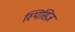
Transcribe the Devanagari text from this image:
स्पिसिज़